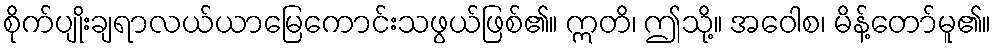
စိုက်ပျိုးချရာလယ်ယာမြေကောင်းသဖွယ်ဖြစ်၏။ ဣတိ၊ ဤသို့။ အဝေါစ၊ မိန့်တော်မူ၏။